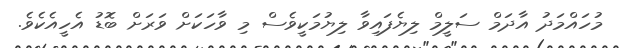
މުހައްމަދު އާދަމް ސަލީމް ލިޔެފައިވާ ލިޔުމަކީވެސް މި ވާހަކަށް ވަރަށް ބޮޑު އެހީއެކެވެ.